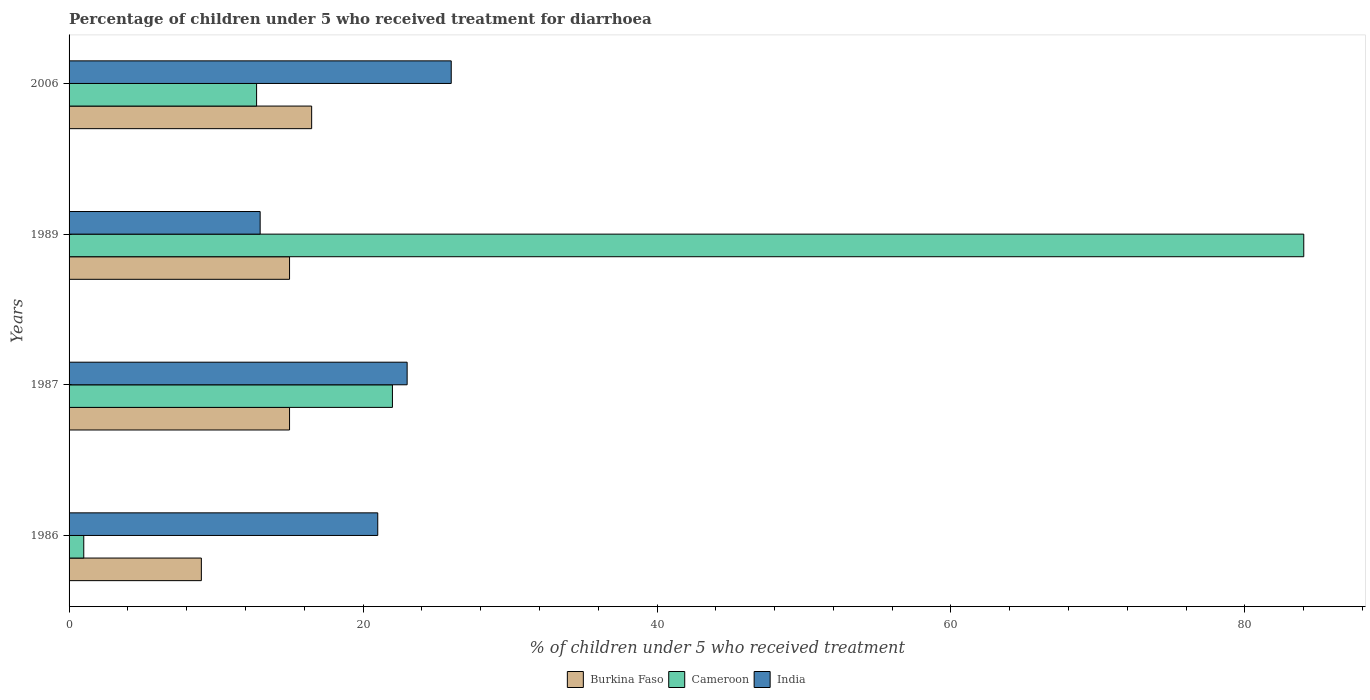
| Years | Burkina Faso | Cameroon | India |
 | --- | --- | --- | --- |
 | 1986 | 9 | 1 | 21 |
 | 1987 | 15 | 22 | 23 |
 | 1989 | 15 | 84 | 13 |
 | 2006 | 16.5 | 12.8 | 26 |